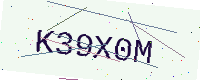
Text: K39X0M